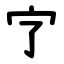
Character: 㝋